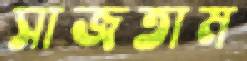
সাজতাম